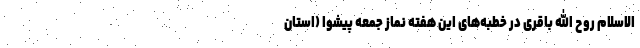
الاسلام روح الله باقری در خطبه‌های این هفته نماز جمعه پیشوا (استان